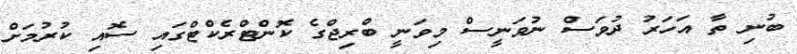
ބުނި ތާ އަހަރު ދުވަސް ނުވަނީސް މިވަނީ ބްރިޖްގެ ކޮންޓްރެކްޓްގައި ސޮއި ކުރުމަށް